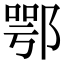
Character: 鄂